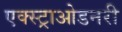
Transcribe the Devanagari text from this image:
एक्स्ट्राओडनरी